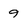
Character: 9